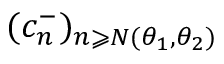
( c _ { n } ^ { - } ) _ { n \geqslant N ( \theta _ { 1 } , \theta _ { 2 } ) }